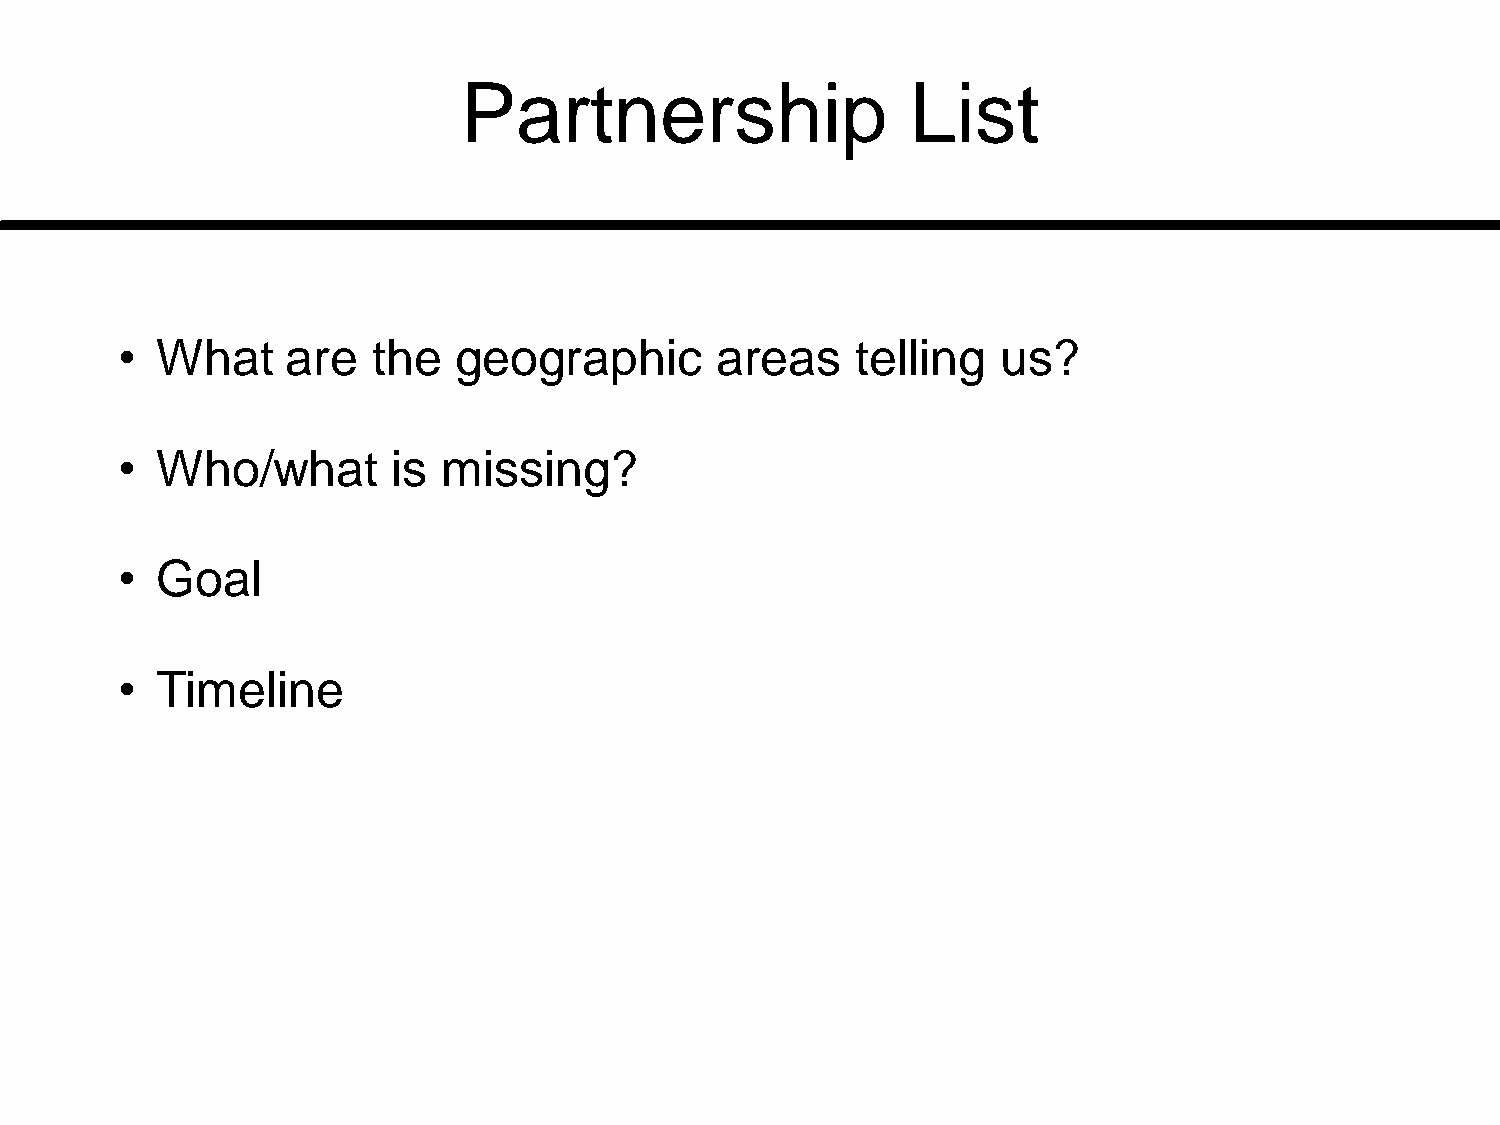
Partnership                   List
 • What     are   the  geographic       areas     telling  us?
 • Who/what        is missing?
 • Goal
 • Timeline